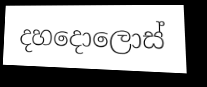
දහදොලොස්